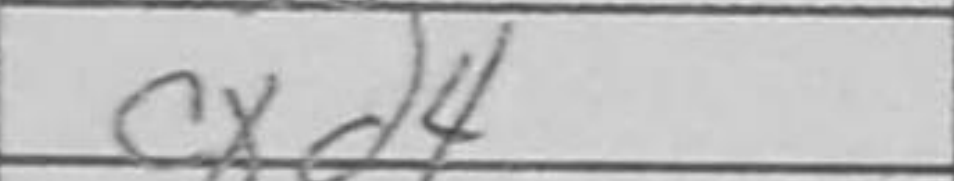
Transcription: cxd4